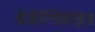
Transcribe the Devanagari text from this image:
बेंजेल्डिहाइड